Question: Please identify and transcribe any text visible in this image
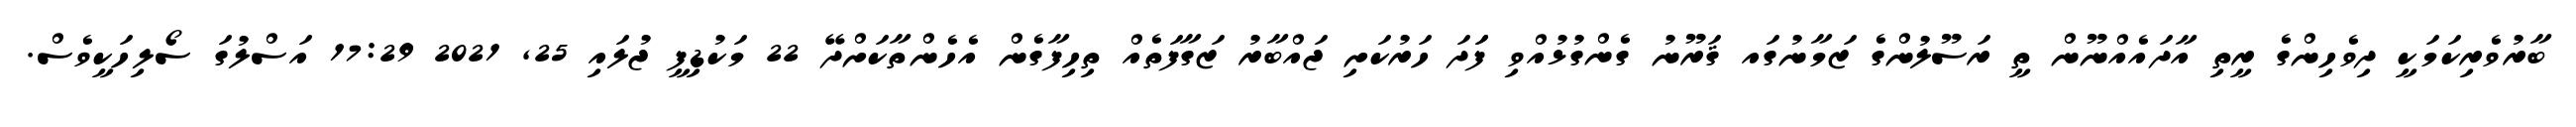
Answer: ބާރުވެރިކަމަކީ ދިވެހިންގެ ރީތި އާދައެއްނޫން ތީ ރަސޫލުންގެ ޒަމާނުގައ ޤަރޫނު ގެންގުޅުއްވި ފަަދަ ހަރުކަށި ޖައްބާރު ޒަގާފަތެއް ތިހިފާގެން އެހެންތާކަށްދޭ 22 މަކުޑިފީ ޖުލައި 25, 2021 17:29 އަސްލުގަ ސޯލިހަކީވެސް.